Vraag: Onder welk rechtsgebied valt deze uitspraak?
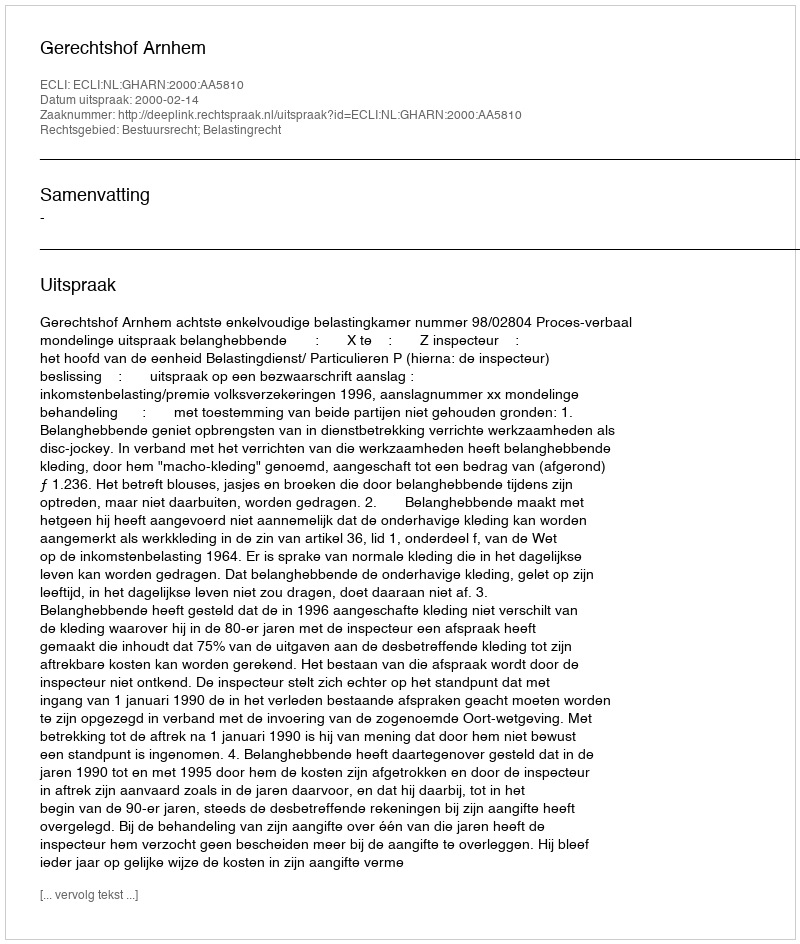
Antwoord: Bestuursrecht; Belastingrecht